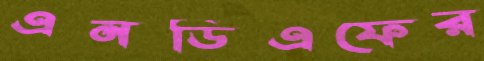
এনডিএফের